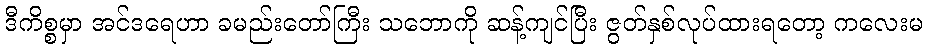
ဒီကိစ္စမှာ အင်ဒရေဟာ ခမည်းတော်ကြီး သဘောကို ဆန့်ကျင်ပြီး ဇွတ်နှစ်လုပ်ထားရတော့ ကလေးမ